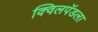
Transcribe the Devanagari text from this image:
क्विलपॅडला